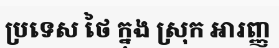
ប្រទេស ថៃ ក្នុង ស្រុក អារញ្ញ